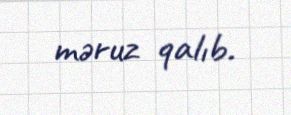
məruz qalıb.